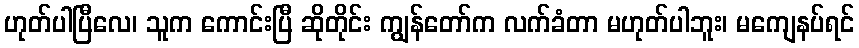
ဟုတ်ပါပြီလေ၊ သူက ကောင်းပြီ ဆိုတိုင်း ကျွန်တော်က လက်ခံတာ မဟုတ်ပါဘူး၊ မကျေနပ်ရင်